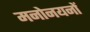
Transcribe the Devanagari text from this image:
मनोनयनों